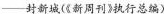
——封新城(《新周刊》执行总编))